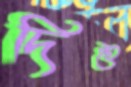
দিশু